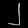
Digit: ၂